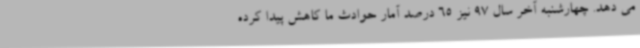
می دهد. چهارشنبه آخر سال 97 نیز 65 درصد آمار حوادث ما کاهش پیدا کرده